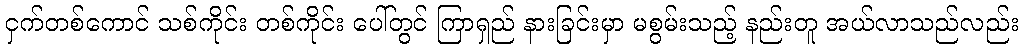
ငှက်တစ်ကောင် သစ်ကိုင်း တစ်ကိုင်း ပေါ်တွင် ကြာရှည် နားခြင်းမှာ မစွမ်းသည့် နည်းတူ အယ်လာသည်လည်း